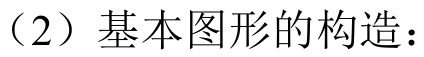
（2）基本图形的构造：